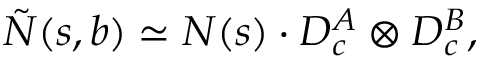
\tilde { N } ( s , b ) \simeq { \cal N } ( s ) \cdot D _ { c } ^ { A } \otimes D _ { c } ^ { B } ,